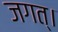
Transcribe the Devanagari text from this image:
जगत्।